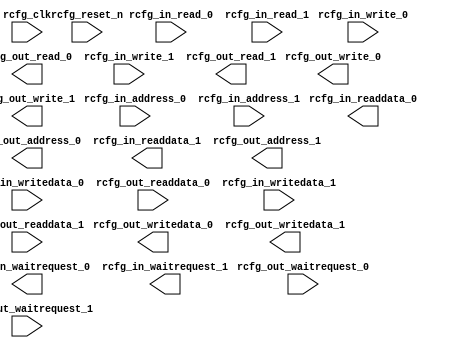
module avl_adxcfg_2 (
		input  wire        rcfg_clk,               //     rcfg_clk.clk
		input  wire        rcfg_reset_n,           // rcfg_reset_n.reset_n
		input  wire        rcfg_in_read_0,         //      rcfg_s0.read
		input  wire        rcfg_in_write_0,        //             .write
		input  wire [9:0]  rcfg_in_address_0,      //             .address
		input  wire [31:0] rcfg_in_writedata_0,    //             .writedata
		output wire [31:0] rcfg_in_readdata_0,     //             .readdata
		output wire        rcfg_in_waitrequest_0,  //             .waitrequest
		output wire        rcfg_out_read_0,        //      rcfg_m0.read
		output wire        rcfg_out_write_0,       //             .write
		output wire [9:0]  rcfg_out_address_0,     //             .address
		output wire [31:0] rcfg_out_writedata_0,   //             .writedata
		input  wire [31:0] rcfg_out_readdata_0,    //             .readdata
		input  wire        rcfg_out_waitrequest_0, //             .waitrequest
		input  wire        rcfg_in_read_1,         //      rcfg_s1.read
		input  wire        rcfg_in_write_1,        //             .write
		input  wire [9:0]  rcfg_in_address_1,      //             .address
		input  wire [31:0] rcfg_in_writedata_1,    //             .writedata
		output wire [31:0] rcfg_in_readdata_1,     //             .readdata
		output wire        rcfg_in_waitrequest_1,  //             .waitrequest
		output wire        rcfg_out_read_1,        //      rcfg_m1.read
		output wire        rcfg_out_write_1,       //             .write
		output wire [9:0]  rcfg_out_address_1,     //             .address
		output wire [31:0] rcfg_out_writedata_1,   //             .writedata
		input  wire [31:0] rcfg_out_readdata_1,    //             .readdata
		input  wire        rcfg_out_waitrequest_1  //             .waitrequest
	);
endmodule